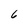
Character: 6